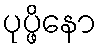
ပုပ္ဖိနော